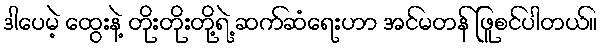
ဒါပေမဲ့ ထွေးနဲ့ တိုးတိုးတို့ရဲ့ ဆက်ဆံရေးဟာ အင်မတန် ဖြူစင်ပါတယ်။